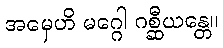
အမှေဟိ မဂ္ဂေါ ဂစ္ဆီယန္တေ။